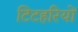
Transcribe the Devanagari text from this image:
टिटहरियों